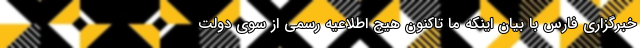
خبرگزاری فارس با بیان اینکه ما تاکنون هیچ اطلاعیه رسمی از سوی دولت